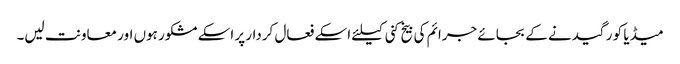
میڈیا کو رگیدنے کے بجائے جرائم کی بیخ کنی کیلئے اسکے فعال کردار پر اسکے مشکور ہوں اور معاونت لیں۔